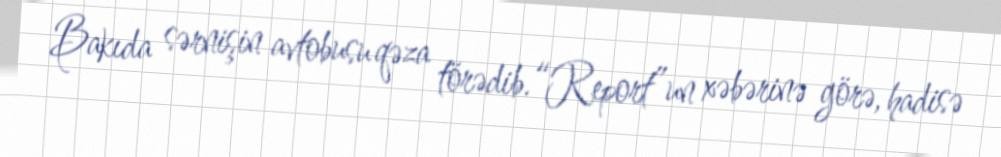
Bakıda sərnişin avtobusu qəza törədib.“Report”un xəbərinə görə, hadisə